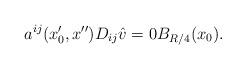
LaTeX: \begin{align*}a^{ij}(x_0',x'')D_{ij}\hat v=0B_{R/4}(x_0).\end{align*}